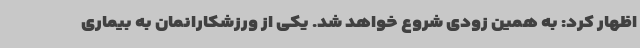
اظهار کرد: به همین زودی شروع خواهد شد. یکی از ورزشکارانمان به بیماری